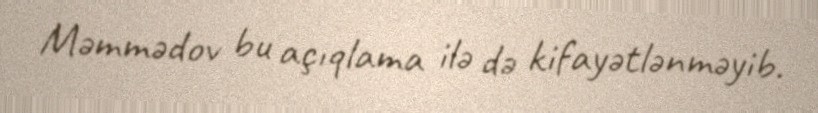
Məmmədov bu açıqlama ilə də kifayətlənməyib.